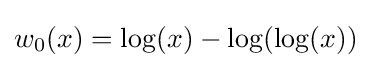
w_{0}(x)=\log(x)-\log(\log(x))